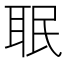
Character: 𦕛